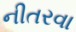
નીતરવા